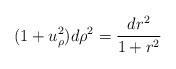
LaTeX: \begin{align*}(1+u_\rho^2)d\rho^2=\frac{dr^2}{1+r^2}\end{align*}